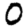
Digit: 0